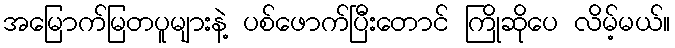
အမြောက်မြတပူများနဲ့ ပစ်ဖောက်ပြီးတောင် ကြိုဆိုပေ လိမ့်မယ်။